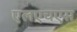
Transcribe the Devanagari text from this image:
एलएचएस